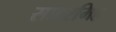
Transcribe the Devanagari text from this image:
सादरमिह